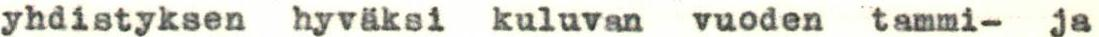
yhdistyksen hyväksi kuluvan vuoden tammi- ja